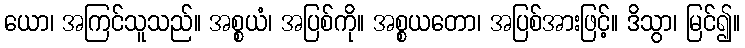
ယော၊ အကြင်သူသည်။ အစ္စယံ၊ အပြစ်ကို။ အစ္စယတော၊ အပြစ်အားဖြင့်။ ဒိသွာ၊ မြင်၍။